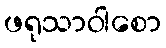
ဖရုသာဝါစော